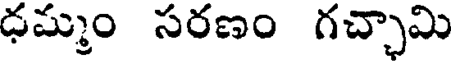
ధమ్మం సరణం గచ్చామి